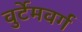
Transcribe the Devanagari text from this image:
वुर्टेमवर्ग